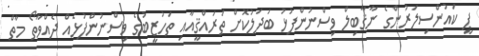
ޕީ ކައުންސިލަރުންގެ ނާޤާބިލް ވިސްނުންފުޅު ބަދަލުކޮށް ތަރައްޤީއާއި ތަހުޒީބުގެ ވިސްނުންފުޅެއް ދެއްވާތޯ މާތް